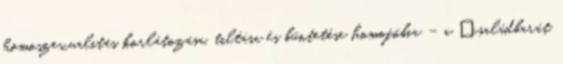
homoszexualitás korlátozása, tiltása és büntetése homofóbia – a „családbarát